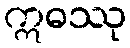
ဣဓဿု